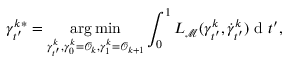
\gamma _ { t ^ { \prime } } ^ { k * } = \underset { \gamma _ { t ^ { \prime } } ^ { k } , \gamma _ { 0 } ^ { k } = \mathcal { O } _ { k } , \gamma _ { 1 } ^ { k } = \mathcal { O } _ { k + 1 } } { \arg \operatorname* { m i n } } \int _ { 0 } ^ { 1 } L _ { { \mathcal { M } } } ( \gamma _ { t ^ { \prime } } ^ { k } , \dot { \gamma } _ { t ^ { \prime } } ^ { k } ) \mathrm { ~ d ~ } t ^ { \prime } ,